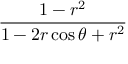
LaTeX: \frac { 1 - r ^ { 2 } } { 1 - 2 r \cos \theta + r ^ { 2 } }